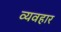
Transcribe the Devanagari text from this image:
व्यवहार